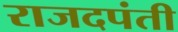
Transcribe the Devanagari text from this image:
राजदपंती